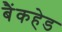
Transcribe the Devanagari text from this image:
बैंकहेड